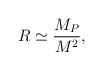
\begin{align*}R \simeq \frac{M_P}{M^2} ,\end{align*}